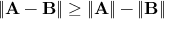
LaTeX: \| \mathbf { A - B } \| \geq \| \mathbf { A } \| - \| \mathbf { B } \|